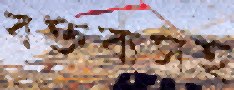
বক্তব্যসহ